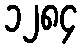
၁၂၈၄